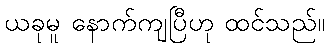
ယခုမူ နောက်ကျပြီဟု ထင်သည်။